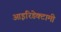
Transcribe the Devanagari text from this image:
आइरिडेक्टामी